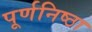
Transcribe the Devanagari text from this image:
पूर्णनिष्ठा